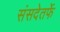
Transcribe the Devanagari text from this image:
संसदेतर्फे